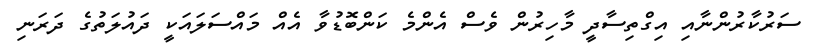
ސަރުކާރުންނާއި އިގްތިސާދީ މާހިރުން ވެސް އެންމެ ކަންބޮޑުވާ އެއް މައްސަލައަކީ ދައުލަތުގެ ދަރަނި